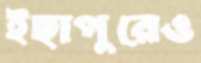
ইছাপুরেও